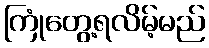
ကြုံတွေ့ရလိမ့်မည်